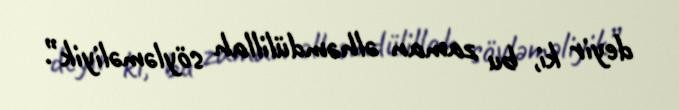
deyir ki, bu zaman əlhəmdülillah söyləməliyik”.